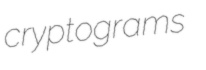
cryptograms